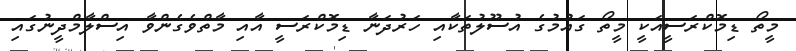
މީތޯ ޑިމޮކްރަސީއަކީ މީތޯ ގައުމުގެ އުސޫލުތަކާއި ހަރުދަނާ ޑިމޮކްރަސީ އާއި މާތްވެގެންވާ އިސްލާމްދީނުގައި